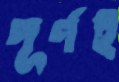
পূর্ণই